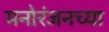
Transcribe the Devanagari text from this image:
मनोरंजनच्या